Insane asylums in Bengal annual reports 1867-1875 - 1867-1875
Year: 1867
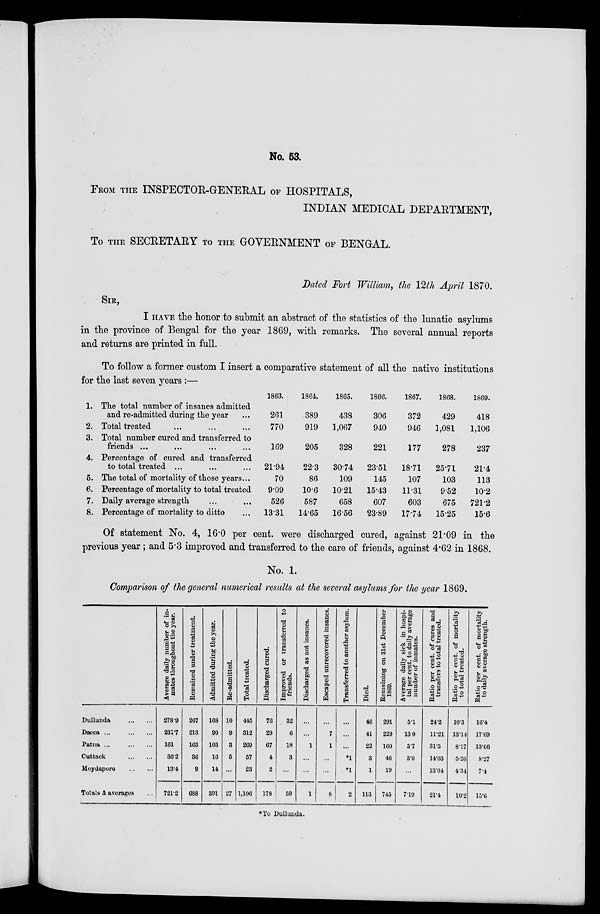
No. 53.
FROM THE INSPECTOR-GENEEAL of HOSPITALS,
INDIAN MEDICAL DEPARTMENT,
To THE SECRETARY TO THE GOVERNMENT OF BENGAL.
Dated Fort William, the 12th April 1870.
SIR,
I HAVE the honor to submit an abstract of the statistics of the lunatic asylums
in the province of Bengal for the year 1869, with remarks. The several annual reports
and returns are printed in full.
To follow a former custom I insert a comparative statement of all the native institutions
for the last seven years :—
1.
2.
3.
4.
5.
6.
7.
8.
The total number of insanes admitted
and re-admitted during the year ...
Total treated ... ... ...
Total number cured and transferred to
friends ... ... ... ...
Percentage of cured and transferred
to total treated ... ... ...
The total of mortality of those years...
Percentage of mortality to total treated
Daily average strength ... ...
Percentage of mortality to ditto ...
1863.
261
770
169
21.94
70
9.09
526
13.31
1864.
389
919
205
22.3
86
10.6
587
14.65
1865.
438
1,067
328
30.74
109
10.21
658
16.56
1866.
306
940
221
23.51
145
15.43
607
23.89
1867.
372
946
177
18.71
107
11.31
603
17.74
1868.
429
1,081
278
25.71
103
9.52
675
15.25
1869.
418
1,106
237
21.4
113
10.2
721.2
15.6
Of statement No. 4, 16.0 per cent. were discharged cured, against 21.09 in the
previous year ; and 5.3 improved and transferred to the care of friends, against 4.62 in 1868.
No. 1.
Comparison of the general numerical results at the several asylums for the year 1869.
Dullunda
...
...
Dacca ...
...
...
Patna ...
...
...
Cuttack
...
...
Moydapore
...
...
Totals & averages ...
Average daily number of in-
mates throughout the year.
278.9
231.7
161
36.2
13.4
721.2
Remained under treatment.
267
213
163
36
9
688
Admitted during the year.
168
90
103
16
14
391
Re-admitted.
10
9
3
5
...
27
Total treated.
445
312
269
57
23
1,106
Discharged cured.
76
29
67
4
2
178
Improved or transferred to
friends.
32
6
18
3
...
59
Discharged as not insanes.
...
...
1
...
...
1
Escaped unrecovered insanes.
...
7
1
...
...
8
Transferred to another asylum.
...
...
...
*1
*1
2
Died.
46
41
22
3
1
113
Remaining on 31st December
1869.
291
229
160
46
19
745
Average daily sick in hospi-
tal per cent. to daily average
number of inmates.
5.1
13.0
3.7
3.0
...
7.19
Ratio per cent. of cures and
transfers to total treated.
24.2
11.21
31.5
14.03
13.04
21.4
Ratio per cent. of mortality
to total treated.
10.3
13.14
8.17
5.26
4.34
10.2
Ratio per cent. of mortality
to daily average strength.
16.4
17.69
13.66
8.27
7.4
15.6
*To Dullunda.